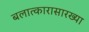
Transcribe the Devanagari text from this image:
बलात्कारासारख्या